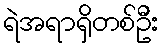
ရဲအရာရှိတစ်ဦး